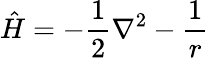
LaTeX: {\hat{H}}=-{{\frac{1}{2}}\nabla^{2}}-{\frac{1}{r}}